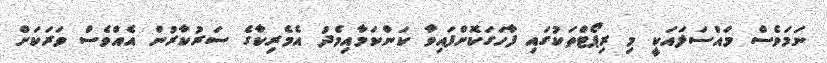
ނަމަވެސް މައްސަލައަކީ މި ރިޕޯޓްތަކުގައި ފާހަގަކޮށްފައިވާ ކަންކަމާއިމެދު އެމެރިކާގެ ސަރުކާރުން އެއްވެސް ވަރަކަށް